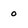
Character: 0